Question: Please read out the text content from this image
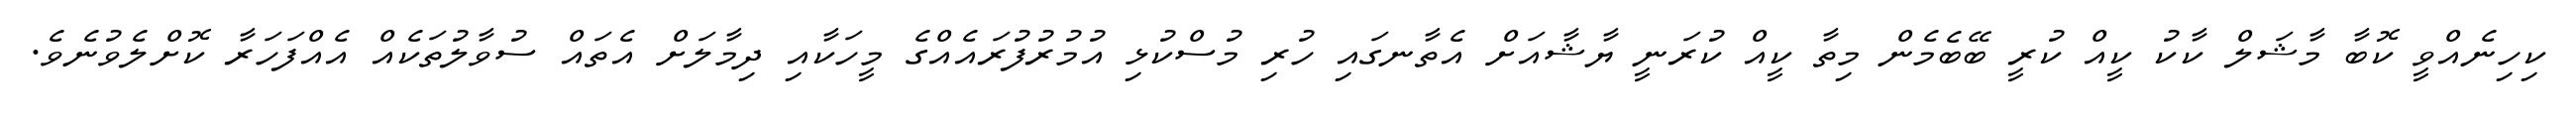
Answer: ކިހިނެއްވީ ކޮބާ މާޝަލް ކާކު ކީއް ކުރީ ބޭބެމެން މިތާ ކީއް ކުރަނީ ޔާޝާއަށް އެތާނގައި ހުރި މުސްކުޅި އުމުރުފުރައެއްގެ މީހަކާއި ދިމާލަށް އެތައް ސުވާލުތަކެއް އެއްފަހަރާ ކޮށްލެވުނެވެ.